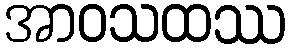
အာဝသထဿ